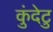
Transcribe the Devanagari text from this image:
कुंदेटु